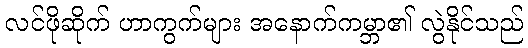
လင်ဖိုဆိုက် ဟာကွက်များ အနောက်ကမ္ဘာ၏ လွဲနိုင်သည်